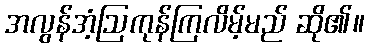
အလွန်အံ့ဩကုန်ကြလိမ့်မည် ဆို၏။